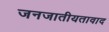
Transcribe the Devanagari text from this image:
जनजातीयतावाद